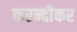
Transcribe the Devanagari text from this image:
करन्दीकर